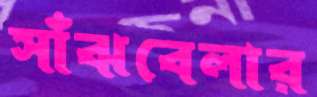
সাঁঝবেলার